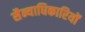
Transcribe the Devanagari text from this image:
सैन्याधिकारियों